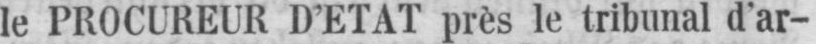
le PROCUREUR D’ETAT près le tribunal d’ar-